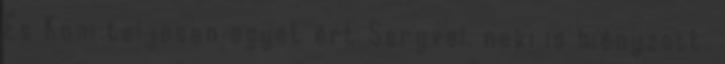
És Koni teljesen egyet ért Seryvel, neki is hiányzott.